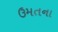
ઉમતના